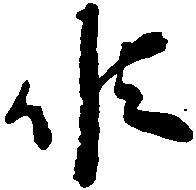
候